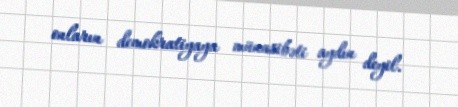
onların demokratiyaya münasibəti aydın deyil.